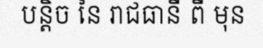
បន្តិច នៃ រាជធានី ពី មុន